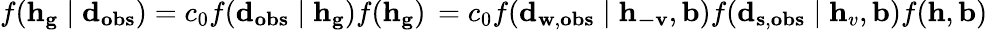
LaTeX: f(\mathbf{h}_{\mathbf{g}}\mid\mathbf{d}_{\mathbf{obs}})=c_{0}f(\mathbf{d}_{\mathbf{obs}}\mid\mathbf{h}_{\mathbf{g}})f(\mathbf{h}_{\mathbf{g}})\, =c_{0}f(\mathbf{d}_{\mathbf{w},\mathbf{obs}}\mid\mathbf{h}_{\mathbf{-v}},\mathbf{b})f(\mathbf{d}_{\mathbf{s},\mathbf{obs}}\mid\mathbf{h}_{v},\mathbf{b})f(\mathbf{h},\mathbf{b})